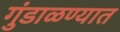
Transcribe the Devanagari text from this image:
गुंडाळण्यात